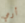
أرمي